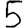
Digit: 5